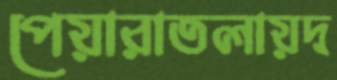
পেয়ারাতলায়দ্